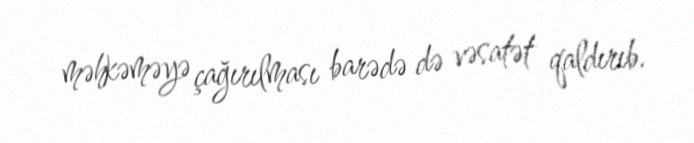
məhkəməyə çağırılması barədə də vəsatət qaldırıb.